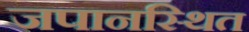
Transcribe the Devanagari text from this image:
जपानस्थित